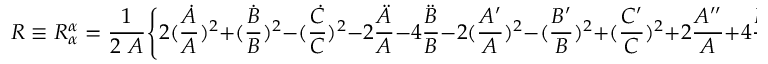
R \equiv R _ { \alpha } ^ { \alpha } = \frac { 1 } { 2 ~ A } \Biggl \{ 2 ( \frac { \dot { A } } { A } ) ^ { 2 } + ( \frac { \dot { B } } { B } ) ^ { 2 } - ( \frac { \dot { C } } { C } ) ^ { 2 } - 2 \frac { \ddot { A } } { A } - 4 \frac { \ddot { B } } { B } - 2 ( \frac { A ^ { \prime } } { A } ) ^ { 2 } - ( \frac { B ^ { \prime } } { B } ) ^ { 2 } + ( \frac { C ^ { \prime } } { C } ) ^ { 2 } + 2 \frac { A ^ { \prime \prime } } { A } + 4 \frac { B ^ { \prime \prime } } { B } \Biggr \} .